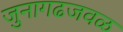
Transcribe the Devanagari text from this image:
जुनागढजवळ